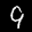
Digit: 9